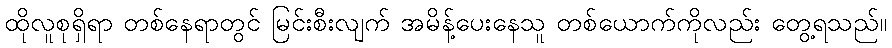
ထိုလူစုရှိရာ တစ်နေရာတွင် မြင်းစီးလျက် အမိန့်ပေးနေသူ တစ်ယောက်ကိုလည်း တွေ့ရသည်။